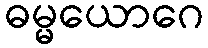
ဓမ္မယောဂေ